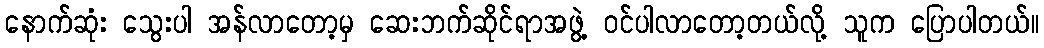
နောက်ဆုံး သွေးပါ အန်လာတော့မှ ဆေးဘက်ဆိုင်ရာအဖွဲ့ ဝင်ပါလာတော့တယ်လို့ သူက ပြောပါတယ်။